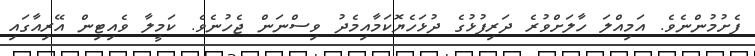
ފެށުމުންނެވެ. އަމިއްލަ ހާލަށްވުރެ ދަރިފުޅުގެ ދުޅަހެޔޮކަމާއިމެދު ވިސްނަން ޖެހުނެވެ. ކަމީލާ ވެއިޓިން އޭރިއާގައި